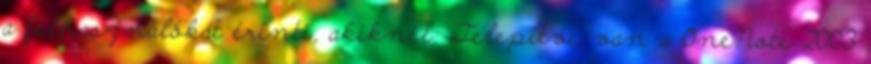
a felhasználókat érinti, akiknél: Telepítve van a OneNote 2003